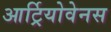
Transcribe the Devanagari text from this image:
आर्ट्रियोवेनस